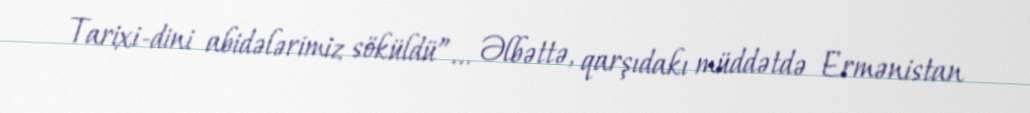
Tarixi-dini abidələrimiz söküldü”... Əlbəttə, qarşıdakı müddətdə Ermənistan